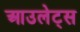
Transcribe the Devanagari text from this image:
आउलेट्स